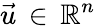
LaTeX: \vec{u}\, \in\, \mathbb{R}^{n}